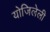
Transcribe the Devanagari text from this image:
योजिलेली